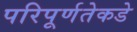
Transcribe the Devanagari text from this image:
परिपूर्णतेकडे